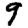
Digit: 9